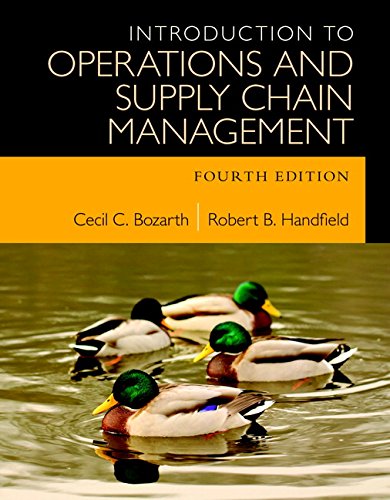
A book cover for Introduction to Operations and Supply Chain Management (4th Edition); Cecil B. Bozarth; Business & Money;